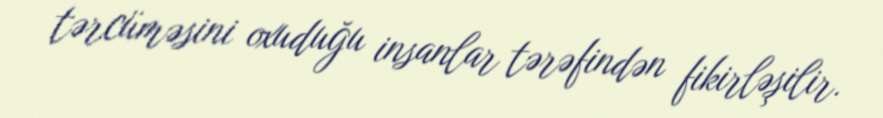
tərcüməsini oxuduğu insanlar tərəfindən fikirləşilir.